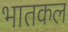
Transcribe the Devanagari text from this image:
भातकल